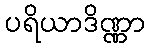
ပရိယာဒိဏ္ဏာ